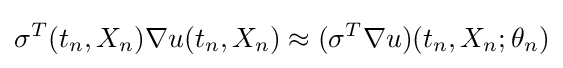
\sigma ^{T}(t_{n},X_{n})\nabla u(t_{n},X_{n})\approx (\sigma ^{T}\nabla u)(t_{n},X_{n};\theta _{n})